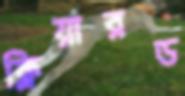
ক্লিয়ারড